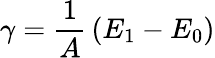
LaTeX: \gamma={\frac{1}{A}}\left(E_{1}-E_{0}\right)